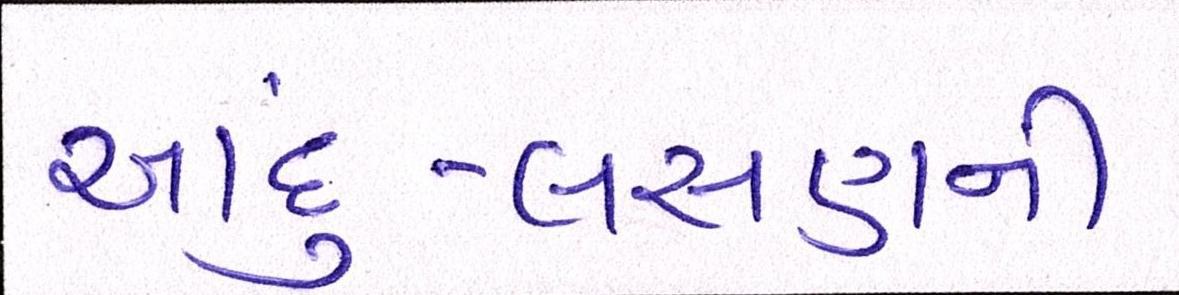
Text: આદું-લસણની